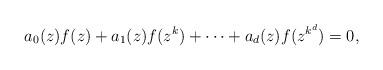
LaTeX: \begin{align*}a_0(z)f(z)+a_1(z)f(z^k)+\cdots+a_d(z)f(z^{k^d})=0,\end{align*}